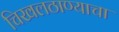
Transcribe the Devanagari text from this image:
चिखलठाण्याचा